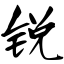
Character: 锐